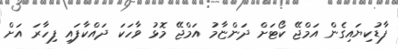
ފާޑުކިޔައިގެން އަމްޖޭ ކޯޓަށް ދަންޏާމު އަމްޖޭ މޮޅު ވާހަކަ ދައްކާފައި ފިހާރަ އަށް